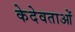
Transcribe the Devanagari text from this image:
केदेवताओं